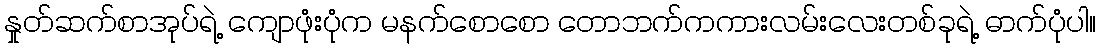
နှုတ်ဆက်စာအုပ်ရဲ့ ကျောဖုံးပုံက မနက်စောစော တောဘက်ကကားလမ်းလေးတစ်ခုရဲ့ ဓာက်ပုံပါ။